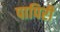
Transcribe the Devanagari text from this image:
पापिरी